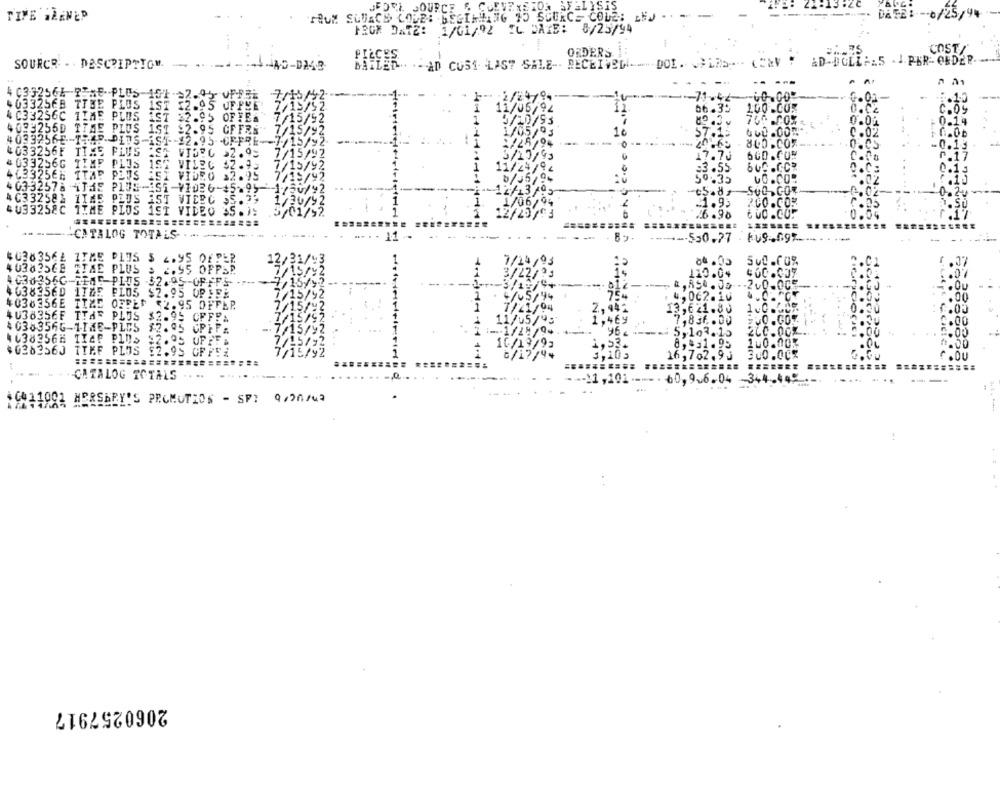
JEDEL SOURCE & CURVENETON SFELISIS
AFELISA
TIVE WARNED
"TRUM SLUACE COLE: BEGINNING 15 SOURCE CODE;
FROM DATE: 1/01/92 TL DAZE: 8/25/94
ORDERS
COST /
DOL. LAS ---- (CRV " AD-SOLE
FA5 - 1-PER- ORDER.
SOURCR - . DESCRIPTION -
-1-440-D240
AD CUST. LAST SALE -- RECEIVED
4 0392566 75ME- PLUS
60.00
403325FB TIME PLUS
100 .COR
4 C33256C TIME PLUS
ST &
15
4023256D TIME PLUS 1ST &2.
2.95
GFFE
4033256F TIME PLUS
#033256G TIMP PLUS
IST VILLC
443325EM TTAR PLUS
I VIDEO
40332578 "THE P135-11-1036-45
4 C332582 1INE PLUS AST VIEEG >
4033258C ITME PLUS 1ST VIDEO SS
-CATALOG TOTALS
11-
40383564 ITME PITS $ 4.95 OFPER
4 03835CE STAE PLUS > 2.95 OFPER.
4 036356G-TEME PLUS $2.95 -OFFFS- - >
463835ED 1IZE FLOS $2.95 OPIFE
4038356E TIME OFFER $2.95 OFFER
4U38356F TTAF PLUS
$2.95 CFFF:
.00
40383566-1THE-PLCS $2.05
4638356H TIAP PLUS
$0382560 TIEF PLUS
2.95 OFFEZ
CATALOG TOTALS
..
....
40411
HERSHEY'S PROMUTIOS - SP: 9/2/3
2060257917